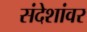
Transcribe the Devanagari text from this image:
संदेशांवर